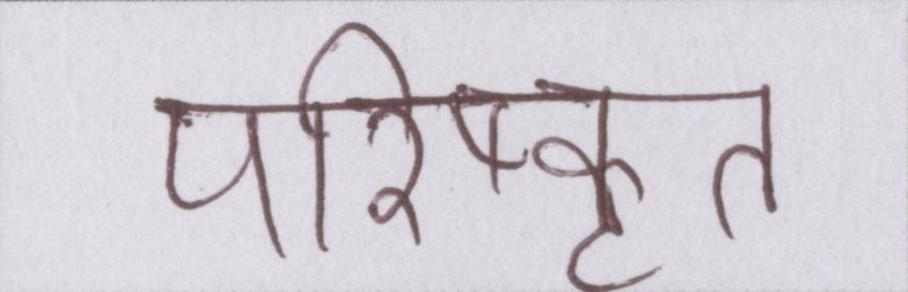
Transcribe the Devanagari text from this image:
परिष्कृत